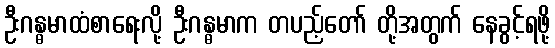
ဦးဂန္ဓမာထံစာရေးလို့ ဦးဂန္ဓမာက တပည့်တော် တို့အတွက် နေခွင့်ရဖို့